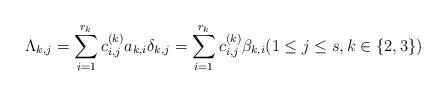
LaTeX: \begin{align*} \Lambda_{k,j} = \sum_{i=1}^{r_k}c^{(k)}_{i,j} a_{k,i} \delta_{k,j}= \sum_{i=1}^{r_{k}} c^{(k)}_{i,j} \beta_{k,i} (1 \le j \le s, k \in \{2,3\})\end{align*}